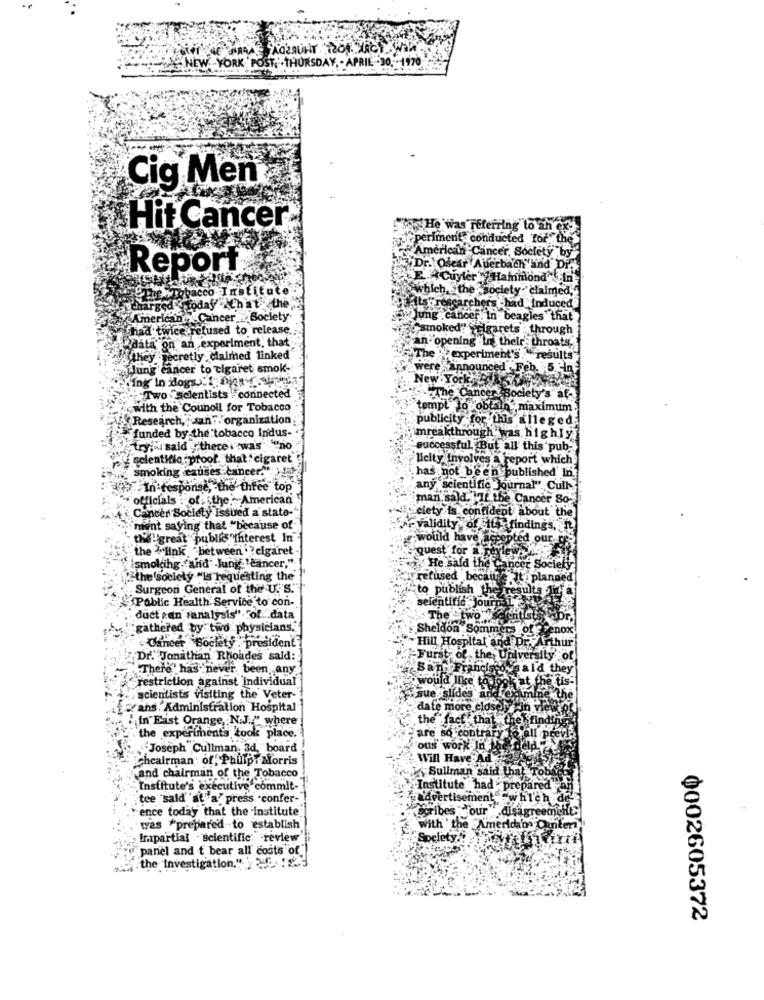
NEW YORK POST, . THURSDAY, - APRIL-30 -1970
Çig Men
Hit Cancer
He was referring to an ex-
periment conducted for the
"American Cancer Society by"
Report
Dr. Oscar Auerbach and Dr.
"E. ACuyler" Hammond In
STE Tobacco Institute
which . the society-" claimed,
charged today Ch at the
Hits"researchers ha
"Induced
American
anx Cancer " Society
Jung .C.
noer. In beagles that
had twice refused to release
smoked" Yelgarets : through
Adata on an experiment, that
an opening -In their throats,
they Decretly claimed linked
The experiment's. "results"
Tlung cancer to cigaret smok-
were announced Feb. 5. in
Ing In dogs.twee
New York ...
Two "scientists connected
G.The Cancer society's at-
with the Counoll for Tobacco
"tempt to obtain",maximum.
Research, juan".'organization
publicity for this alleged:
funded by the tobacco Indus-
mreakthrough
was highly
try," said there'i was "no
successful. But all this pub-
gelentitic proof. that cigaret
Hicity Involves a report which
smoking causes cancer."
has not been
published In.
In response, the three top
any scientific Journal". Cull
officials : of the American
man,sald. If the Cancer So-
Cancer Society issued a state-
ciety
confident about the
'nfint saying that "because of
Validity of its findings,
the!great publis "Interest In"
would have a
the ""link "between . ? cigaret
quest for a
He sala th
{smoking. "and" Jung "cancer,"
et So
"the society "Is requesting the'
refused
because It : planned
Surgeon General of the U.'S.
to publish the
results 1
Public Health Service to con-
scientific J
duct can sanalysis". of data
The At
"gathered by" two physicians.
Sheldon Sommers of Fenox
Hill Hospital a
bd Dr
- Cancer
er Society . president
Dr." Jonathan Rhoades sald:
Furst of the University
"There" has never been, any
San Francisco said they
restriction against individual
would Ilse
be tis-
scientists visiting the Veter-
sue slides
ans, Administration Hospital
date more closely tin vle
" in East Orange, N.J."" where
the fact that the
are so contrary
the experiments took place.
Joseph Cullman, 3d, board
ous work In
Cheairman: of. Philip Morris
Will Have-Ad
Sullman said th
and chairman of the Tobacco
Institute's executive commit-
Institute had prepared
tee sald" at"a" press -confer-
advertisement Fwhich de
ence today that the institute
Scribes our dis
greemcht
was "prepared to establish
with the American O
Impartial . scientific: review
Society !!
panel and t bear all costs of
the Investigation.". 2.223
0002605372